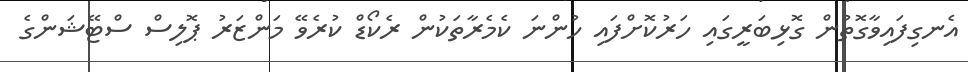
އެނގިފައިވާގޮތުން ގޮޅިބަރީގައި ހަރުކޮށްފައި ހުންނަ ކެމެރާތަކުން ރެކޯޑް ކުރެވޭ މަންޒަރު ޕޮލިސް ސްޓޭޝަންގެ